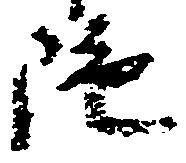
陀